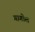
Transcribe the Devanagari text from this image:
गागोल